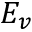
E _ { v }